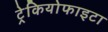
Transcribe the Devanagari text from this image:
ट्रेकियोफाइटा